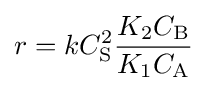
r=kC_{\mathrm {S} }^{2}{\frac {K_{2}C_{\mathrm {B} }}{K_{1}C_{\mathrm {A} }}}